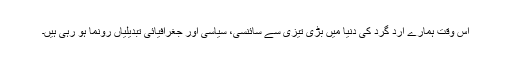
اس وقت ہمارے ارد گرد کی دنیا میں بڑی تیزی سے سائنسی، سیاسی اور جغرافیائی تبدیلیاں رونما ہو رہی ہیں۔